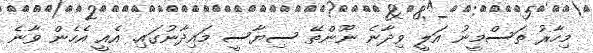
މިހާރު ތަސްމީނު އަލީ ވިދާނެ ނޫންތޭ ސިޔާސީ މައިދާނުގައި. އެއީ އެހެން ވާނެ